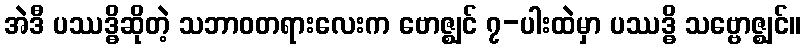
အဲဒီ ပဿဒ္ဓိဆိုတဲ့ သဘာဝတရားလေးက ဗောဇ္ဈင် ၇-ပါးထဲမှာ ပဿဒ္ဓိ သဗ္ဗောဇ္ဈင်။